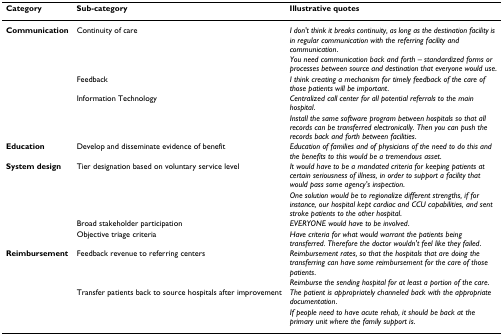
| Category | Sub-category | Illustrative quotes |
 | --- | --- | --- |
 | Communication | Continuity of care | I don't think it breaks continuity, as long as the destination facility is in regular communication with the referring facility and communication. |
 |  |  | You need communication back and forth – standardized forms or processes between source and destination that everyone would use. |
 |  | Feedback | I think creating a mechanism for timely feedback of the care of those patients will be important. |
 |  | Information Technology | Centralized call center for all potential referrals to the main hospital. |
 |  |  | Install the same software program between hospitals so that all records can be transferred electronically. Then you can push the records back and forth between facilities. |
 | Education | Develop and disseminate evidence of benefit | Education of families and of physicians of the need to do this and the benefits to this would be a tremendous asset. |
 | System design | Tier designation based on voluntary service level | It would have to be a mandated criteria for keeping patients at certain seriousness of illness, in order to support a facility that would pass some agency's inspection. |
 |  |  | One solution would be to regionalize different strengths, if for instance, our hospital kept cardiac and CCU capabilities, and sent stroke patients to the other hospital. |
 |  | Broad stakeholder participation | EVERYONE would have to be involved. |
 |  | Objective triage criteria | Have criteria for what would warrant the patients being transferred. Therefore the doctor wouldn't feel like they failed. |
 | Reimbursement | Feedback revenue to referring centers | Reimbursement rates, so that the hospitals that are doing the transferring can have some reimbursement for the care of those patients. |
 |  |  | Reimburse the sending hospital for at least a portion of the care. |
 |  | Transfer patients back to source hospitals after improvement | The patient is appropriately channeled back with the appropriate documentation. |
 |  |  | If people need to have acute rehab, it should be back at the primary unit where the family support is. |